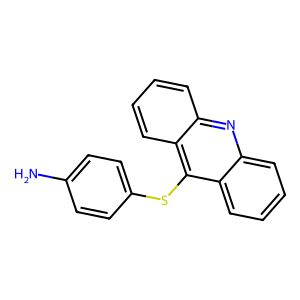
SMILES: Nc1ccc(Sc2c3ccccc3nc3ccccc23)cc1
Inhibits HIV replication: No